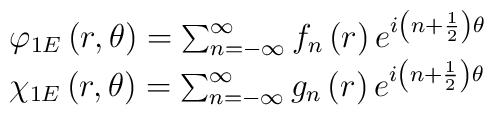
\begin{array}{l}  \varphi_{1E}\left(r,\theta\right) =\sum_{n=-\infty}^\infty  f_n\left(r\right) e^{i \left(n+\frac{1}{2}\right)\theta} \\  \chi_{1E}\left(r,\theta\right) =\sum_{n=-\infty}^\infty g_n\left(r\right)  e^{i\left(n+\frac{1}{2}\right)\theta}\end{array}